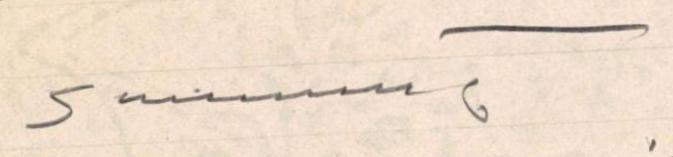
Sunnunt.